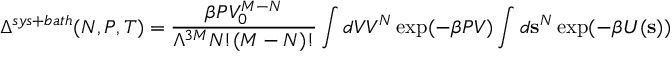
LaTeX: \Delta ^ { s y s + b a t h } ( N , P , T ) = { \frac { \beta P V _ { 0 } ^ { M - N } } { \Lambda ^ { 3 M } N ! ( M - N ) ! } } \int d V V ^ { N } \exp ( { - \beta P V } ) \int d \mathbf { s } ^ { N } \exp ( - \beta U ( \mathbf { s } ) )